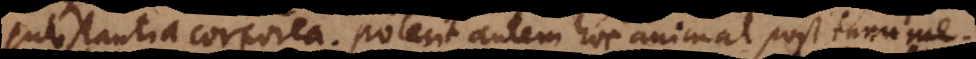
substantia corporea. Poterit autem hoc animal post innume